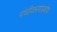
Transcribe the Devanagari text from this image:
पंचीकरणप्रबोध